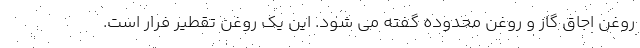
روغن اجاق گاز و روغن محدوده گفته می شود. این یک روغن تقطیر فرار است.